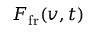
\boldsymbol { F } _ { \mathrm { f r } } ( \boldsymbol { v } , t )